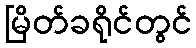
မြိတ်ခရိုင်တွင်